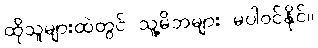
ထိုသူများထဲတွင် သူ့မိဘများ မပါဝင်နိုင်။